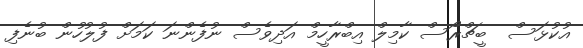
އުކުޅަސް  ބީޗްރޯސް ކާމިލް އިބްރާހީމް އަދިވެސް ނުފެންނަ ކަމަށް ފުލުހުން ބުނެފި